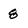
Character: 8